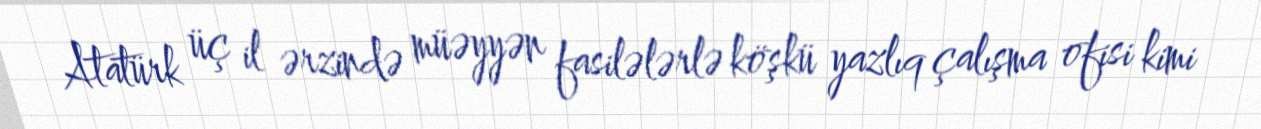
Atatürk üç il ərzində müəyyən fasilələrlə köşkü yazlıq çalışma ofisi kimi